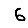
Digit: 6